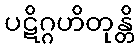
ပဋိဂ္ဂဟိတုန္တိ